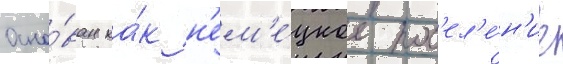
Осно́ван ка́к н'ем'е́цкое пос'ел'е́н'ие